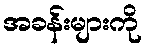
အခန်းများကို